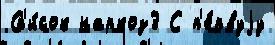
Сп'и́сок наркоз3 С п'е́рвуjу